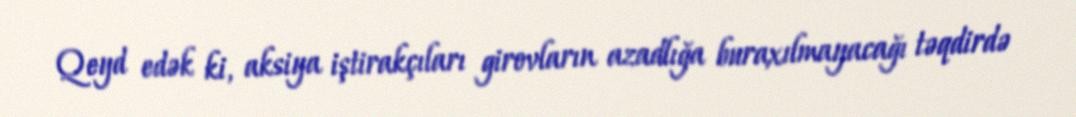
Qeyd edək ki, aksiya iştirakçıları girovların azadlığa buraxılmayacağı təqdirdə